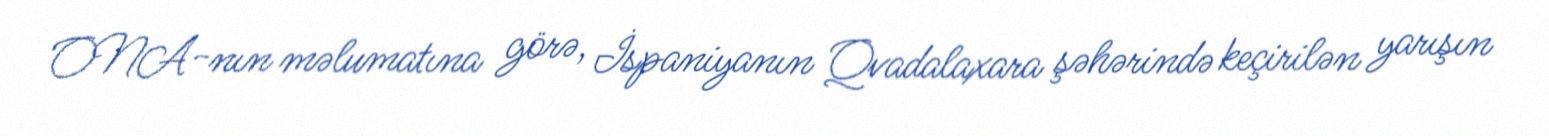
ONA-nın məlumatına görə, İspaniyanın Qvadalaxara şəhərində keçirilən yarışın